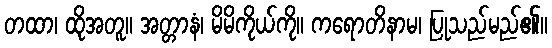
တထာ၊ ထိုအတူ။ အတ္တာနံ၊ မိမိကိုယ်ကို။ ကရောတိနာမ၊ ပြုသည်မည်၏။